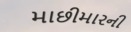
માછીમારની